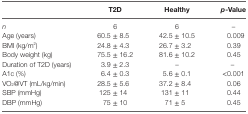
|  | T2D | Healthy | p-Value |
 | --- | --- | --- | --- |
 | n | 6 | 6 | – |
 | Age (years) | 60.5 ± 8.5 | 42.5 ± 10.5 | 0.009 |
 | BMI (kg/m2) | 24.8 ± 4.3 | 26.7 ± 3.2 | 0.39 |
 | Body weight (kg) | 75.5 ± 16.2 | 81.6 ± 10.2 | 0.45 |
 | Duration of T2D (years) | 3.9 ± 2.3 | – | – |
 | A1c (%) | 6.4 ± 0.3 | 5.6 ± 0.1 | <0.001 |
 | VO2@VT (mL/kg/min) | 28.5 ± 5.6 | 37.2 ± 8.4 | 0.06 |
 | SBP (mmHg) | 125 ± 14 | 131 ± 11 | 0.44 |
 | DBP (mmHg) | 75 ± 10 | 71 ± 5 | 0.45 |